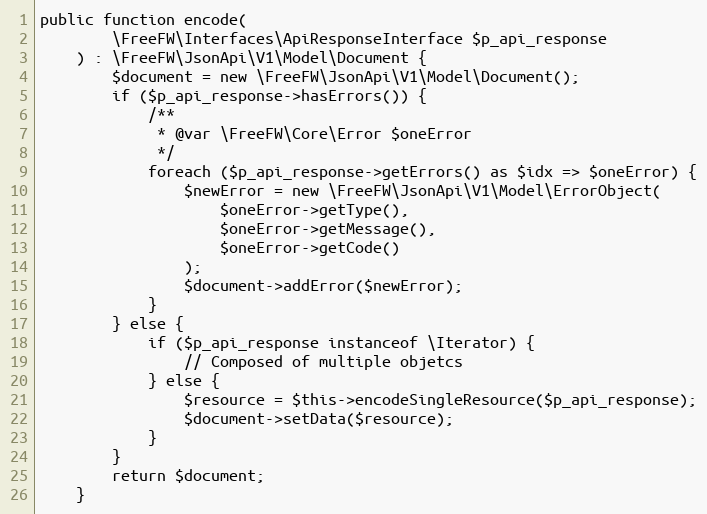
Language: PHP
public function encode(
        \FreeFW\Interfaces\ApiResponseInterface $p_api_response
    ) : \FreeFW\JsonApi\V1\Model\Document {
        $document = new \FreeFW\JsonApi\V1\Model\Document();
        if ($p_api_response->hasErrors()) {
            /**
             * @var \FreeFW\Core\Error $oneError
             */
            foreach ($p_api_response->getErrors() as $idx => $oneError) {
                $newError = new \FreeFW\JsonApi\V1\Model\ErrorObject(
                    $oneError->getType(),
                    $oneError->getMessage(),
                    $oneError->getCode()
                );
                $document->addError($newError);
            }
        } else {
            if ($p_api_response instanceof \Iterator) {
                // Composed of multiple objetcs
            } else {
                $resource = $this->encodeSingleResource($p_api_response);
                $document->setData($resource);
            }
        }
        return $document;
    }